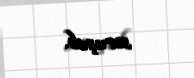
soruşub.